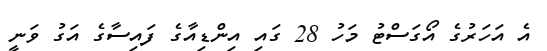
އެ އަހަރުގެ އޯގަސްޓު މަހު 28 ގައި އިންޑިއާގެ ފައިސާގެ އަގު ވަނީ